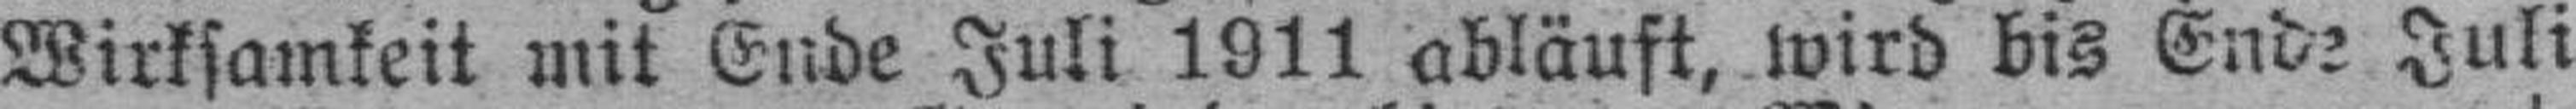
Wirksamkeit mit Ende Juli 1911 abläuft, wird bis Ende Juli